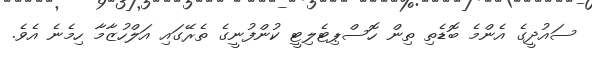
ސައުދީގެ އެންމެ ބޮޑެތި ތިން ހޮސްޕިޓެލިޓީ ކުންފުނީގެ ތެރޭގައި އަލްހުޒާމާ ހިމެނެ އެވެ.